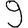
Digit: 9